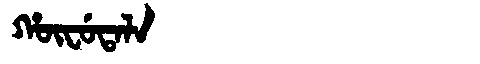
Manchu: ᡥᡡᠸᡠᡨᠠᠯᠠ
Romanization: HŪFUTALA